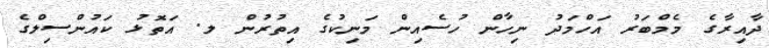
ދާއިރާގެ މެމްބަރު އަހްމަދު ނިހާން ހުސެއިން މަނިކުގެ އިތުރުން ލ. އަތޮޅު ކައުންސިލްގެ